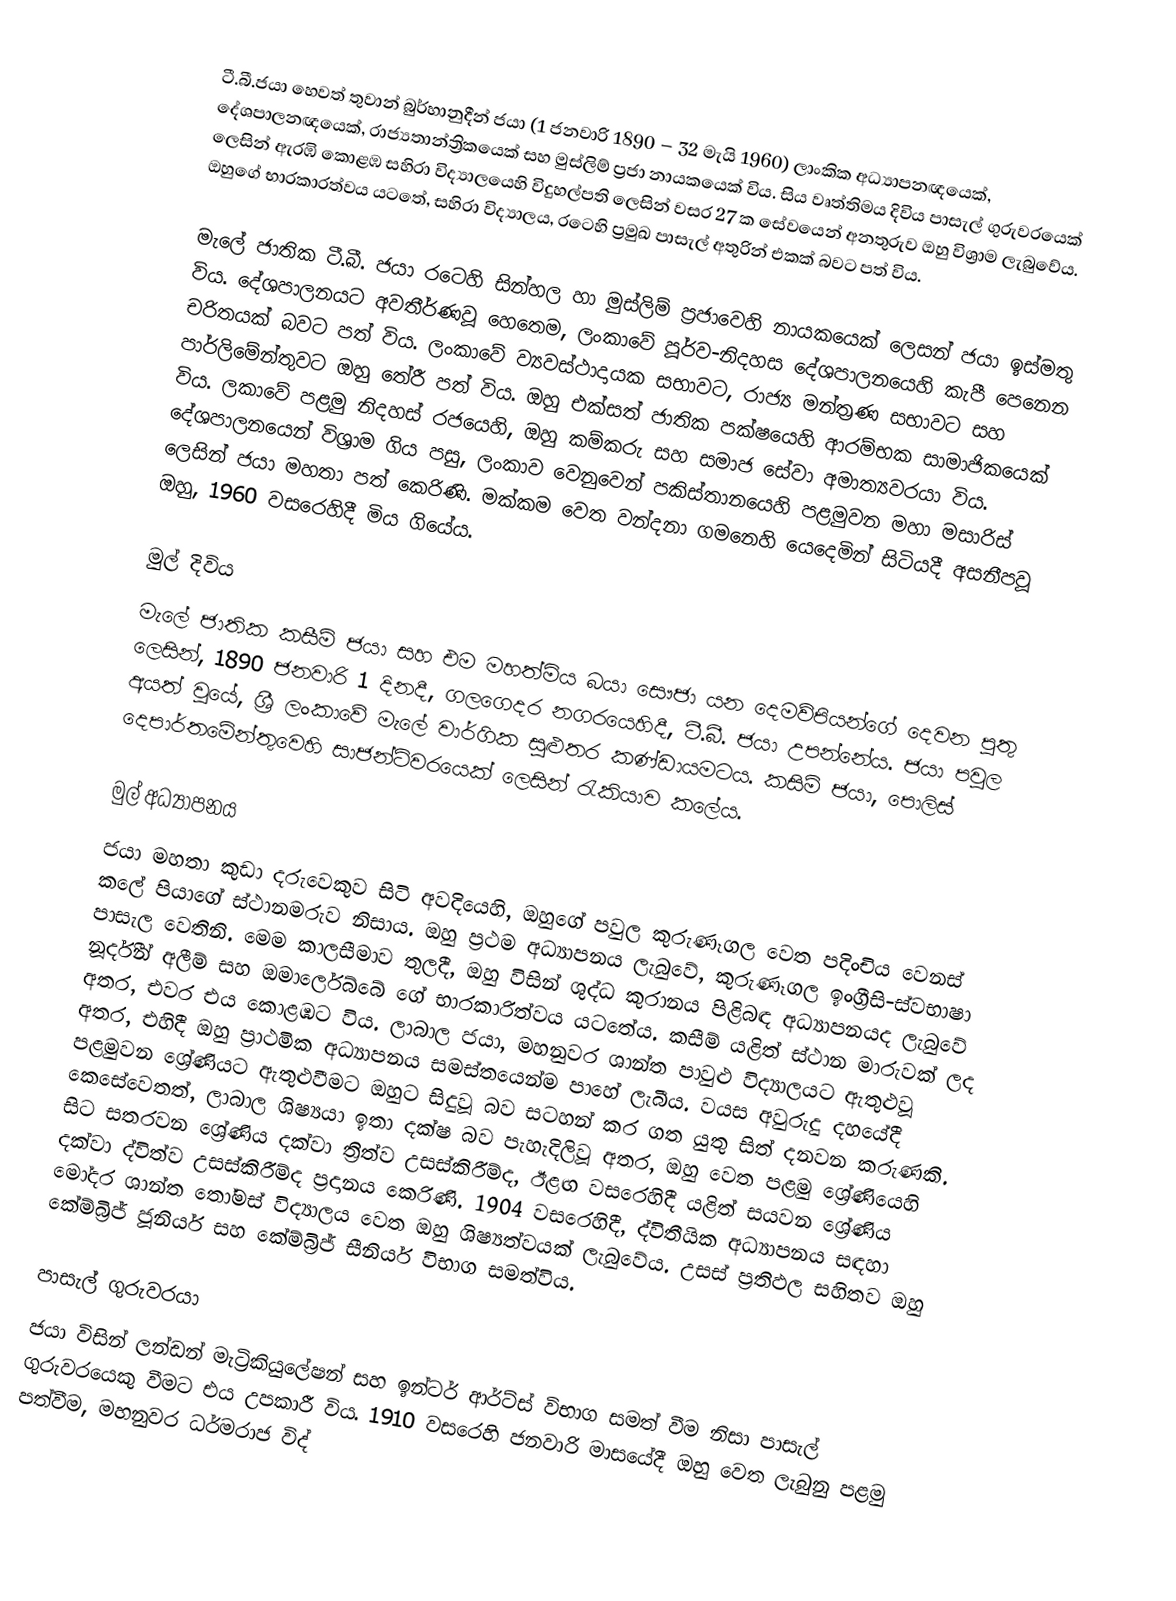
ටී.බී.ජයා හෙවත් තුවාන් බුර්හානුදීන් ජයා (1 ජනවාරි 1890 – 32 මැයි 1960) ලාංකික අධ්‍යාපනඥයෙක්, දේශපාලනඥයෙක්, රාජ්‍යතාන්ත්‍රිකයෙක් සහ මුස්ලිම් ප්‍රජා නායකයෙක් විය. සිය වෘත්තිමය දිවිය පාසැල් ගුරුවරයෙක් ලෙසින් ඇරඹි කොළඹ සහිරා විද්‍යාලයෙහි විදුහල්පති ලෙසින්  වසර 27 ක සේවයෙන් අනතුරුව ඔහු  විශ්‍රාම ලැබුවේය. ඔහුගේ භාරකාරත්වය යටතේ, සහිරා විද්‍යාලය, රටෙහි ප්‍රමුඛ පාසැල් අතුරින් එකක් බවට පත් විය.

මැලේ ජාතික ටී.බී. ජයා රටෙහි සින්හල හා මුස්ලිම් ප්‍රජාවෙහි නායකයෙක් ලෙසන් ජයා ඉස්මතු විය. දේශපාලනයට අවතීර්ණවූ හෙතෙම, ලංකාවේ පූර්ව-නිදහස දේශපාලනයෙහි කැපී පෙනෙන චරිතයක් බවට පත් විය. ලංකාවේ ව්‍යවස්ථාදායක සභාවට, රාජ්‍ය මන්ත්‍රණ සභාවට සහ පාර්ලිමේන්තුවට ඔහු තේරී පත් විය. ඔහු  එක්සත් ජාතික පක්ෂයෙහි ආරම්භක සාමාජිකයෙක් විය. ලකාවේ පළමු නිදහස් රජයෙහි, ඔහු කම්කරු සහ සමාජ සේවා අමාත්‍යවරයා විය. දේශපාලනයෙන් විශ්‍රාම ගිය පසු, ලංකාව වෙනුවෙන් පකිස්තානයෙහි පළමුවන මහා මසාරිස් ලෙසින් ජයා මහතා පත් කෙරිණි. මක්කම වෙත වන්දනා ගමනෙහි යෙදෙමින් සිටියදී අසනීපවූ ඔහු,   1960 වසරෙහිදී මිය ගියේය.

මුල් දිවිය
මැලේ ජාතික කසීම් ජයා සහ එම මහත්මිය බයා සෞජා යන දෙමව්පියන්ගේ දෙවන පුතු ලෙසින්, 1890 ජනවාරි 1 දිනදී, ගලගෙදර නගරයෙහිදී,  ටී.බී. ජයා උපන්නේය. ජයා පවුල අයත් වූයේ, ශ්‍රී ලංකාවේ මැලේ වාර්ගික සුළුතර කණ්ඩායමටය. කසිම් ජයා, පොලිස් දෙපාර්තමේන්තුවෙහි සාජන්ට්වරයෙක් ලෙසින් රැකියාව කලේය.

මුල් අධ්‍යාපනය
ජයා මහතා කුඩා දරුවෙකුව සිටි අවදියෙහි, ඔහුගේ පවුල කුරුණෑගල වෙත පදිංචිය වෙනස් කලේ පියාගේ ස්ථානමරුව නිසාය. ඔහු ප්‍රථම අධ්‍යාපනය ලැබුවේ, කුරුණෑගල  ඉංග්‍රීසි-ස්වභාෂා පාසැල වෙතිනි. මෙම කාලසීමාව තුලදී, ඔහු විසින් ශුද්ධ කුරානය පිළිබඳ අධ්‍යාපනයද ලැබුවේ  නූර්දීන් අලීම් සහ ඔමාර්ලෙබ්බේ ගේ භාරකාරිත්වය යටතේය. කසීම් යළිත් ස්ථාන මාරුවක් ලද අතර, එවර එය කොළඹට විය. ලාබාල ජයා, මහනුවර ශාන්ත පාවුළු විද්‍යාලයට ඇතුළුවූ අතර, එහිදී ඔහු ප්‍රාථමික අධ්‍යාපනය සමස්තයෙන්ම පාහේ ලැබීය. වයස අවුරුදු දහයේදී පළමුවන ශ්‍රේණියට ඇතුළුවීමට ඔහුට සිදුවූ බව සටහන් කර ගත යුතු සිත් දනවන කරුණකි. කෙසේවෙතත්, ලාබාල ශිෂ්‍යයා ඉතා දක්ෂ බව පැහැදිලිවූ අතර,  ඔහු වෙත පළමු ශ්‍රේණියෙහි සිට සතරවන ශ්‍රේණිය දක්වා ත්‍රිත්ව උසස්කිරීම්ද,  ඊළඟ වසරෙහිදී යළිත් සයවන ශ්‍රේණිය දක්වා ද්විත්ව උසස්කිරීම්ද ප්‍රදානය කෙරිණි. 1904 වසරෙහිදී, ද්විතීයික අධ්‍යාපනය සඳහා මෝදර ශාන්ත තෝමස් විද්‍යාලය වෙත ඔහු ශිෂ්‍යත්වයක් ලැබුවේය. උසස් ප්‍රතිඵල සහිතව ඔහු කේම්බ්‍රිජ් ජූනියර් සහ කේම්බ්‍රිජ් සීනියර් විභාග සමත්විය.

පාසැල් ගුරුවරයා
ජයා විසින් ලන්ඩන් මැට්‍රිකියුලේෂන් සහ ඉන්ටර් ආර්ට්ස් විභාග සමත් වීම නිසා පාසැල් ගුරුවරයෙකු වීමට එය උපකාරී විය. 1910 වසරෙහි ජනවාරි මාසයේදී ඔහු වෙත ලැබුනු පළමු පත්වීම, මහනුවර ධර්මරාජ විද්‍